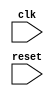
module synchronous_behavioral_block (
    input wire clk,
    input wire reset,
    // Add other input/output ports as needed
);

    reg output_reg;

    always @(posedge clk or negedge reset) begin
        if (reset == 1'b0) begin
            output_reg <= 1'b0;
        end else begin
            output_reg <= 1'b1;
        end
    end

    // Add more logic here as needed

endmodule